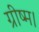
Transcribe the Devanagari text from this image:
ग्रीष्म।